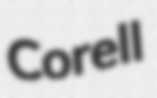
Corell